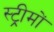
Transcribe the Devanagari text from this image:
स्ट्रीमों